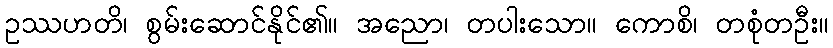
ဥဿဟတိ၊ စွမ်းဆောင်နိုင်၏။ အညော၊ တပါးသော။ ကောစိ၊ တစုံတဦး။